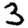
Digit: 3